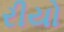
રીયો